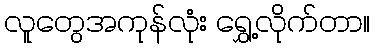
လူတွေအကုန်လုံး ရွှေ့လိုက်တာ။